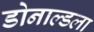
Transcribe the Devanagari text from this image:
डोनाल्डला